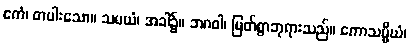
ဧကံ၊ တပါးသော။ သမယံ၊ အခါ၌။ ဘဂဝါ၊ မြတ်စွာဘုရားသည်။ ကောသမ္ဗိယံ၊